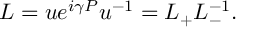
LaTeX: L = u e ^ { i \gamma P } u ^ { - 1 } = L _ { + } L _ { - } ^ { - 1 } .